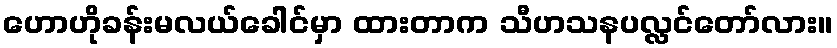
ဟောဟိုခန်းမလယ်ခေါင်မှာ ထားတာက သီဟသနပလ္လင်တော်လား။